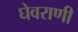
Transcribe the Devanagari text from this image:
घेवराणी